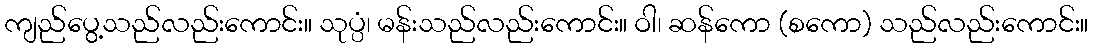
ကျည်ပွေ့သည်လည်းကောင်း။ သုပ္ပံ၊ မန်းသည်လည်းကောင်း။ ဝါ၊ ဆန်ကော (စကော) သည်လည်းကောင်း။